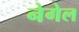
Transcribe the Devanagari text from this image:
नेगेल